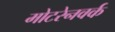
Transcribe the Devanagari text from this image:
मोटरेनवर्क